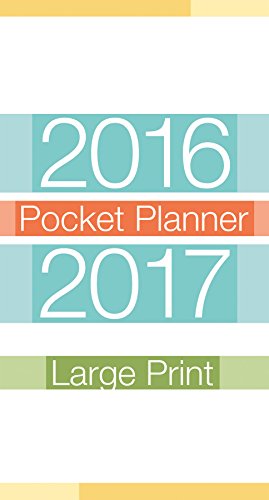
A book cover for Large Prints 2016 Pocket Planner; Trends International; Calendars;